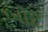
બૉટ